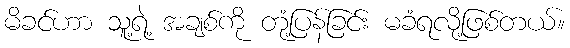
မိခင်ဟာ သူ့ရဲ့ အချစ်ကို တုံ့ပြန်ခြင်း မခံရလို့ဖြစ်တယ်။